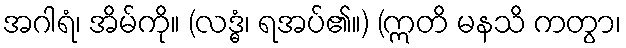
အဂါရံ၊ အိမ်ကို။ (လဒ္ဓံ၊ ရအပ်၏။) (ဣတိ မနသိ ကတွာ၊